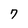
Character: 7